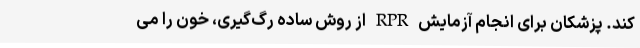
کند. پزشکان برای انجام آزمایش RPR از روش ساده رگ‌گیری، خون را می‌